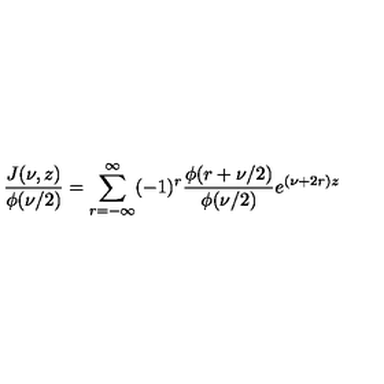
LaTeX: \frac { J ( \nu , z ) } { \phi ( \nu / 2 ) } = \sum _ { r = - \infty } ^ { \infty } ( - 1 ) ^ { r } \frac { \phi ( r + \nu / 2 ) } { \phi ( \nu / 2 ) } e ^ { ( \nu + 2 r ) z }